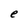
Character: e